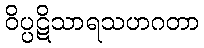
ဝိပ္ပဋိသာရသဟဂတာ